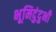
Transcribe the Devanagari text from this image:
भूमिदुंदुभी